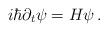
LaTeX: \begin{align*}i\hbar\partial_t\psi=H\psi\,.\end{align*}